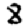
Digit: 8